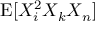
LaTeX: \operatorname { E } [ X _ { i } ^ { 2 } X _ { k } X _ { n } ]